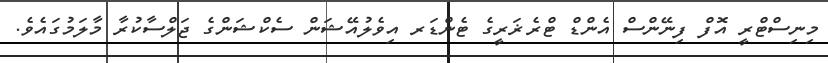
މިނިސްޓްރީ އޮފް ފިނޭންސް އެންޑް ޓްރެޜަރީގެ ޓެންޑަރ އިވެލުއޭޝަން ސެކްޝަންގެ ޖަލްސާކުރާ މާލަމުގައެވެ.